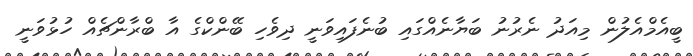
ބީއެމްއެލުން މިއަދު ނެރުނު ބަޔާނެއްގައި ބުނެފައިވަނީ ދިވެހި ބޭންކްގެ އާ ބްރާންޗެއް ހުޅުވަނީ